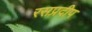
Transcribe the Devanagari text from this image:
रसप्रदीप